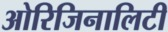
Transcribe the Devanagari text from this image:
ओरिजिनालिटी